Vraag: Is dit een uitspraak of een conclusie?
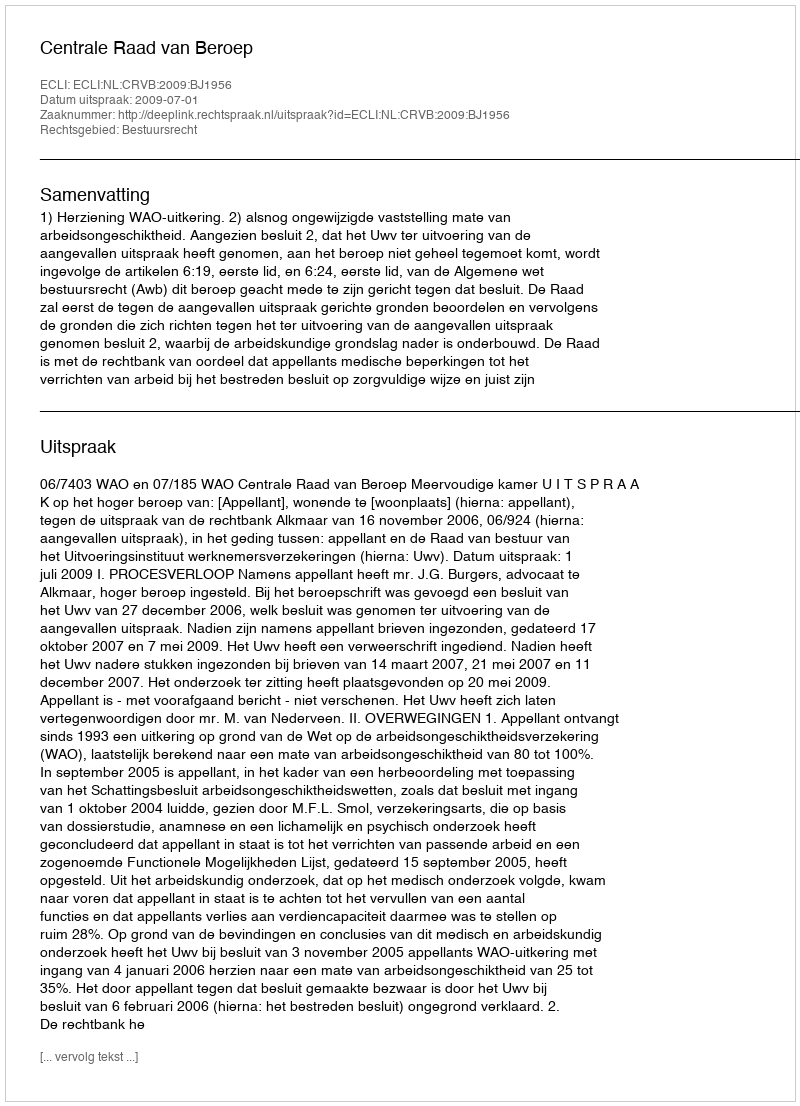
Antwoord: Uitspraak